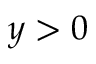
y > 0